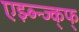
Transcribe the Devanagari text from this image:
एझ्ब्न्ज्क्फ्